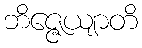
ဘိဇ္ဇေယျာတိ